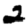
Digit: 2